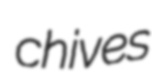
chives